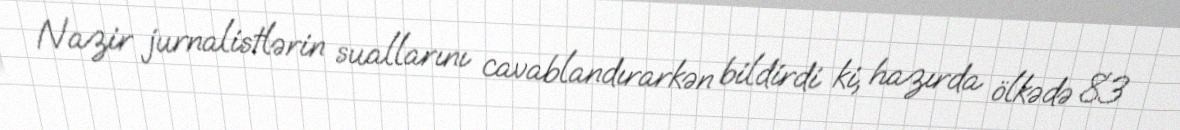
Nazir jurnalistlərin suallarını cavablandırarkən bildirdi ki, hazırda ölkədə 83